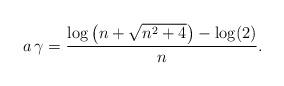
LaTeX: \begin{align*}a \, \gamma = \frac{\log\left(n+\sqrt{n^2+4}\right) - \log(2)}{n}.\end{align*}